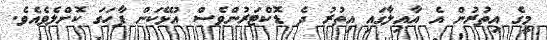
މީގެ އިތުރުން އެ އާއިލާގައި އިތުރު ދެ ޑޮކްޓަރުންވެސް އުޅޭކަން ފާހަގަ ކޮށްލެވެއެވެ.